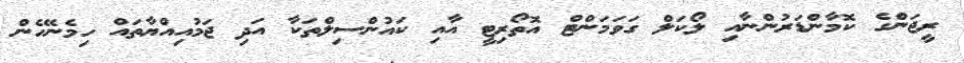
ރީޖަންގެ ކޮމާންޑަރުންނާއި ލޯކަލް ގަވަމަންޓް އޮތޯރިޓީ އާއި ކައުންސިލްތަކާ އަދި ޖަމުއިއްޔާތައް ހިމެނޭހެން